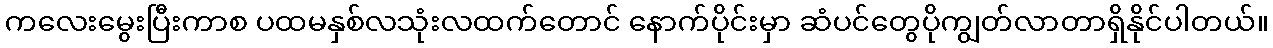
ကလေးမွေးပြီးကာစ ပထမနှစ်လသုံးလထက်တောင် နောက်ပိုင်းမှာ ဆံပင်တွေပိုကျွတ်လာတာရှိနိုင်ပါတယ်။